EELK_Kaarma_kogudus, lk 88
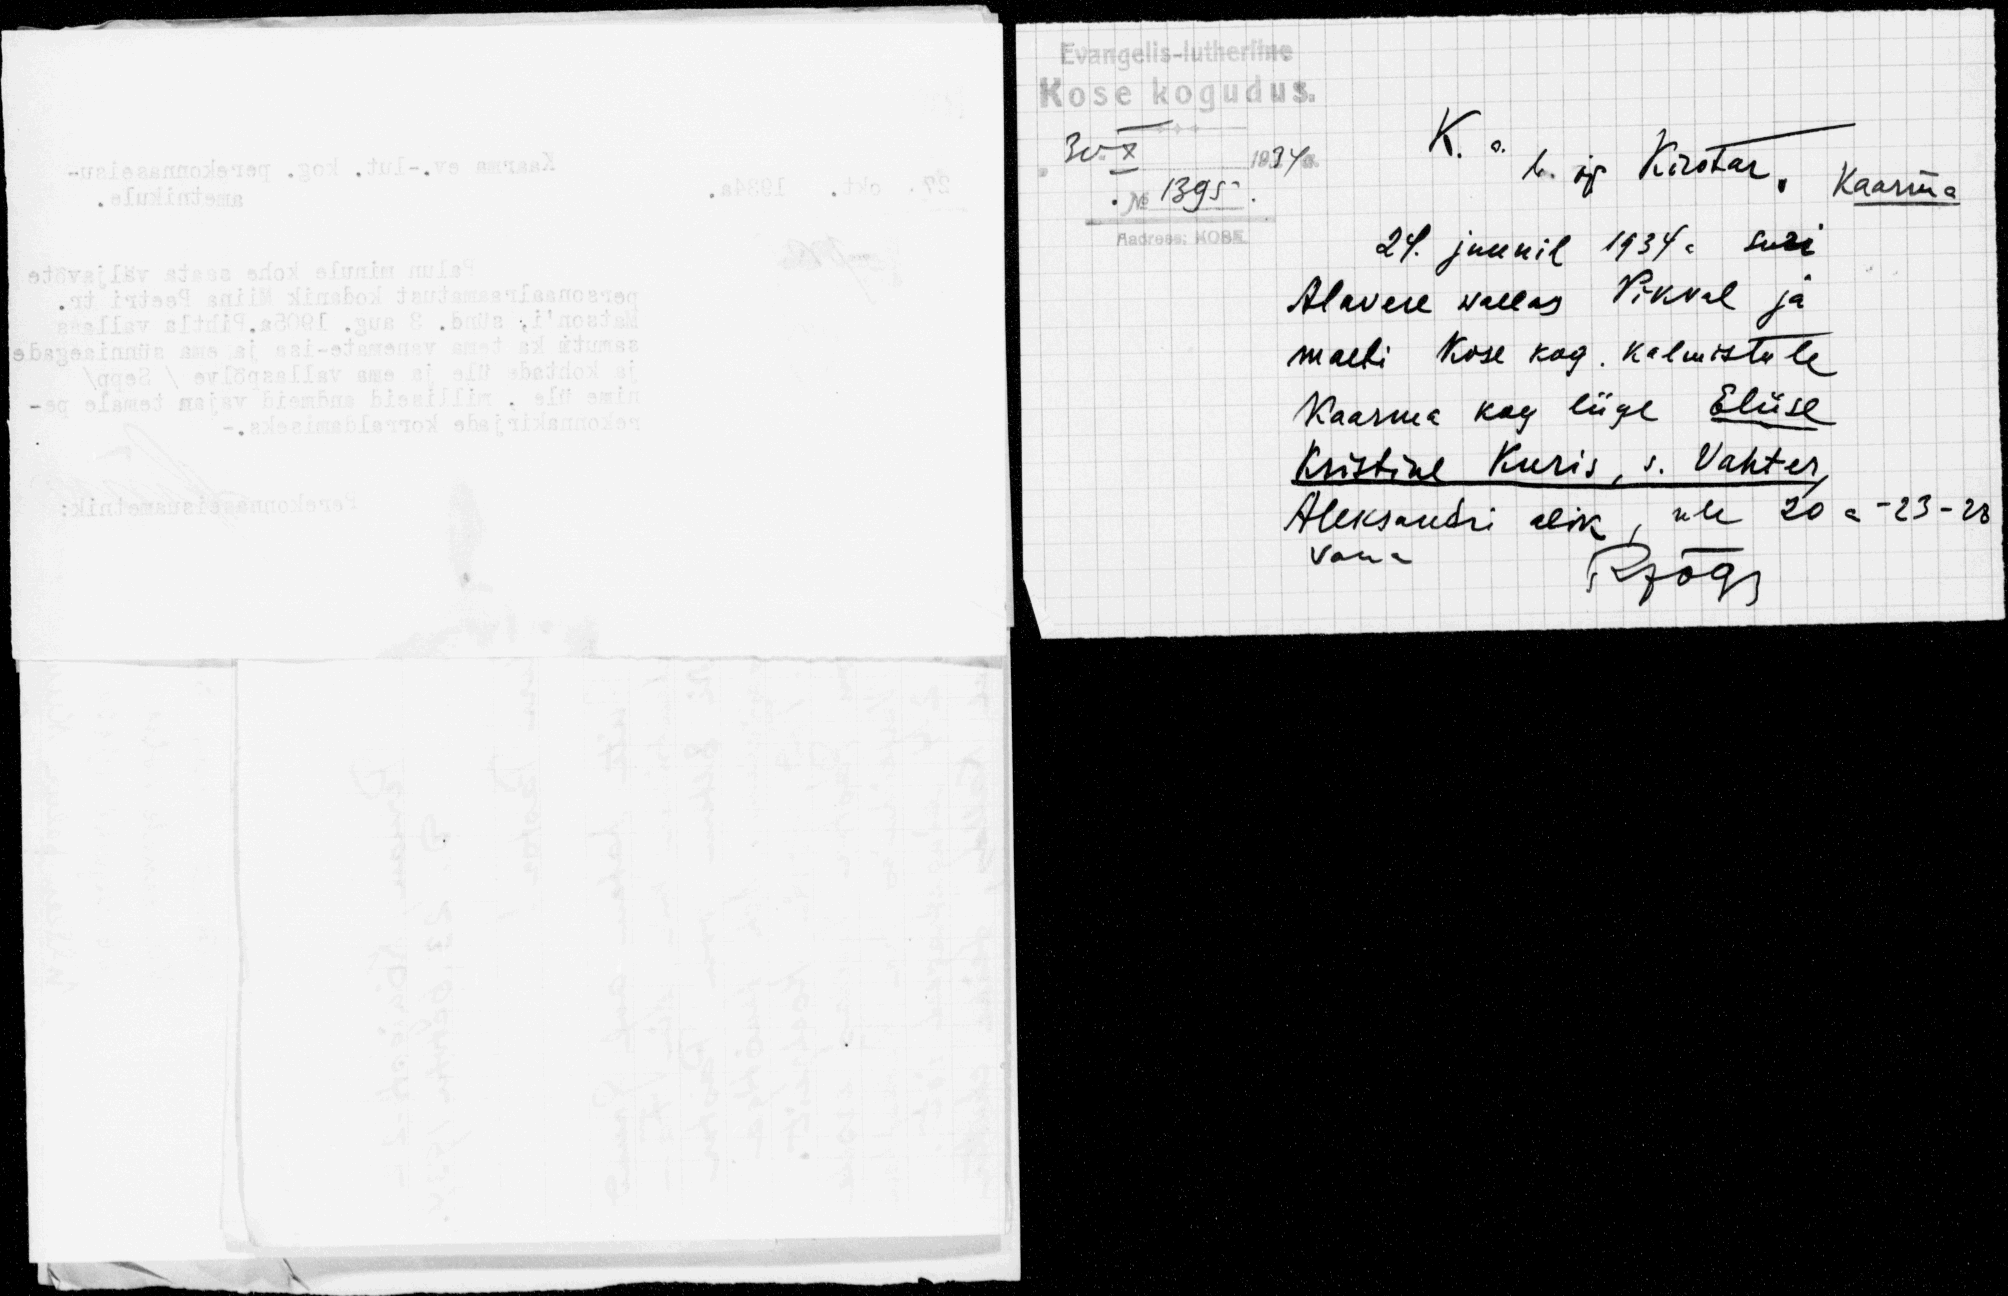
Evangelis-lutherline

Kose kogudus.
30.X 1934 a.
K. a. b. õp Kirotar
Kaarma
No 1395
Aadress: K0SE.
24. juunil 1934a suri
Alavere wallas Pikval ja
maeti Kose kog. kalmistule
Kaarma kog liige Eliise
Kristine Kuris, s. Vahter,
Aleksandri abik, üle 20a-23-28
Vana
RJõgi